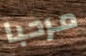
مرحبا